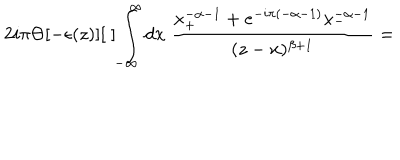
2 i \pi \Theta [ - \epsilon ( z ) ] [ \; ] \int _ { - \infty } ^ { \infty } d x \; \frac { x _ { + } ^ { - \alpha - 1 } + e ^ { - i \pi ( - \alpha - 1 ) } x _ { - } ^ { - \alpha - 1 } } { ( z - x ) ^ { \beta + 1 } } =